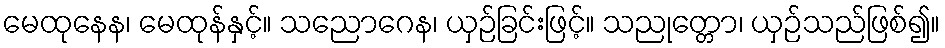
မေထုနေန၊ မေထုန်နှင့်။ သညောဂေန၊ ယှဉ်ခြင်းဖြင့်။ သညုတ္တော၊ ယှဉ်သည်ဖြစ်၍။